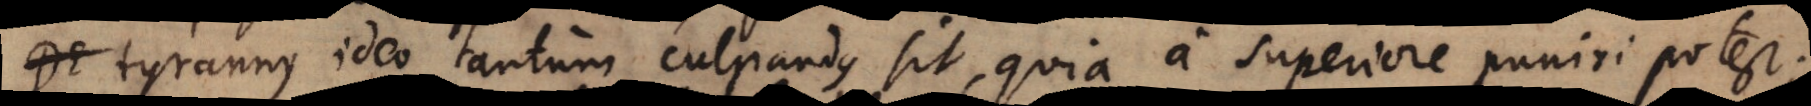
tyrannus ideo tantum culpandus sit, quia a superiore puniri potest;